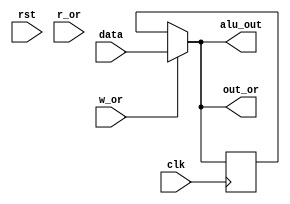
`timescale 1ns / 1ps
//////////////////////////////////////////////////////////////////////////////////
/*
* Copyright (c) 2023, Shiv Nadar University, Delhi NCR, India. All Rights
* Reserved. Permission to use, copy, modify and distribute this software for
* educational, research, and not-for-profit purposes, without fee and without a
* signed license agreement, is hereby granted, provided that this paragraph and
* the following two paragraphs appear in all copies, modifications, and
* distributions.
*
* IN NO EVENT SHALL SHIV NADAR UNIVERSITY BE LIABLE TO ANY PARTY FOR DIRECT,
* INDIRECT, SPECIAL, INCIDENTAL, OR CONSEQUENTIAL DAMAGES, INCLUDING LOST
* PROFITS, ARISING OUT OF THE USE OF THIS SOFTWARE.
*
* SHIV NADAR UNIVERSITY SPECIFICALLY DISCLAIMS ANY WARRANTIES, INCLUDING, BUT
* NOT LIMITED TO, THE IMPLIED WARRANTIES OF MERCHANTABILITY AND FITNESS FOR A
* PARTICULAR PURPOSE. THE SOFTWARE PROVIDED HEREUNDER IS PROVIDED "AS IS". SHIV
* NADAR UNIVERSITY HAS NO OBLIGATION TO PROVIDE MAINTENANCE, SUPPORT, UPDATES,
* ENHANCEMENTS, OR MODIFICATIONS.
*
* Revision History:
*            Date                  By                          Change Notes
* ----------------------- ---------------------- ------------------------------------------
*    26th October 2023          Aditi Sharma                  Base Code
*   
*   
*                                                                                
*                                      
*   
*/
//////////////////////////////////////////////////////////////////////////////////


module OperandRegister( input clk, 
                        input rst,
                        input r_or, w_or,
                        input [7:0] data,
                        output [7:0] out_or,
                        output [7:0] alu_out);
                        
reg [7:0] opr;
wire [7:0] opreg;

assign opreg = (w_or)? data : opr;

assign alu_out = opreg;

assign out_or = opreg;

initial
begin
    opr <= 8'bz;
end

always @(posedge clk)
begin
    //$monitor("%t, OR = %b" , $time, opreg);

    
    if(rst == 1'b1)
        begin
            opr <= 0;
        end    

    /*if(w_or == 1'b1)
    begin 
        opr <= data;
    end */
    
    opr <= opreg;

end                                                                                                                                                                                                                                                                                                                                                                                                                                                                                                                                                                                                                                                 
 

endmodule